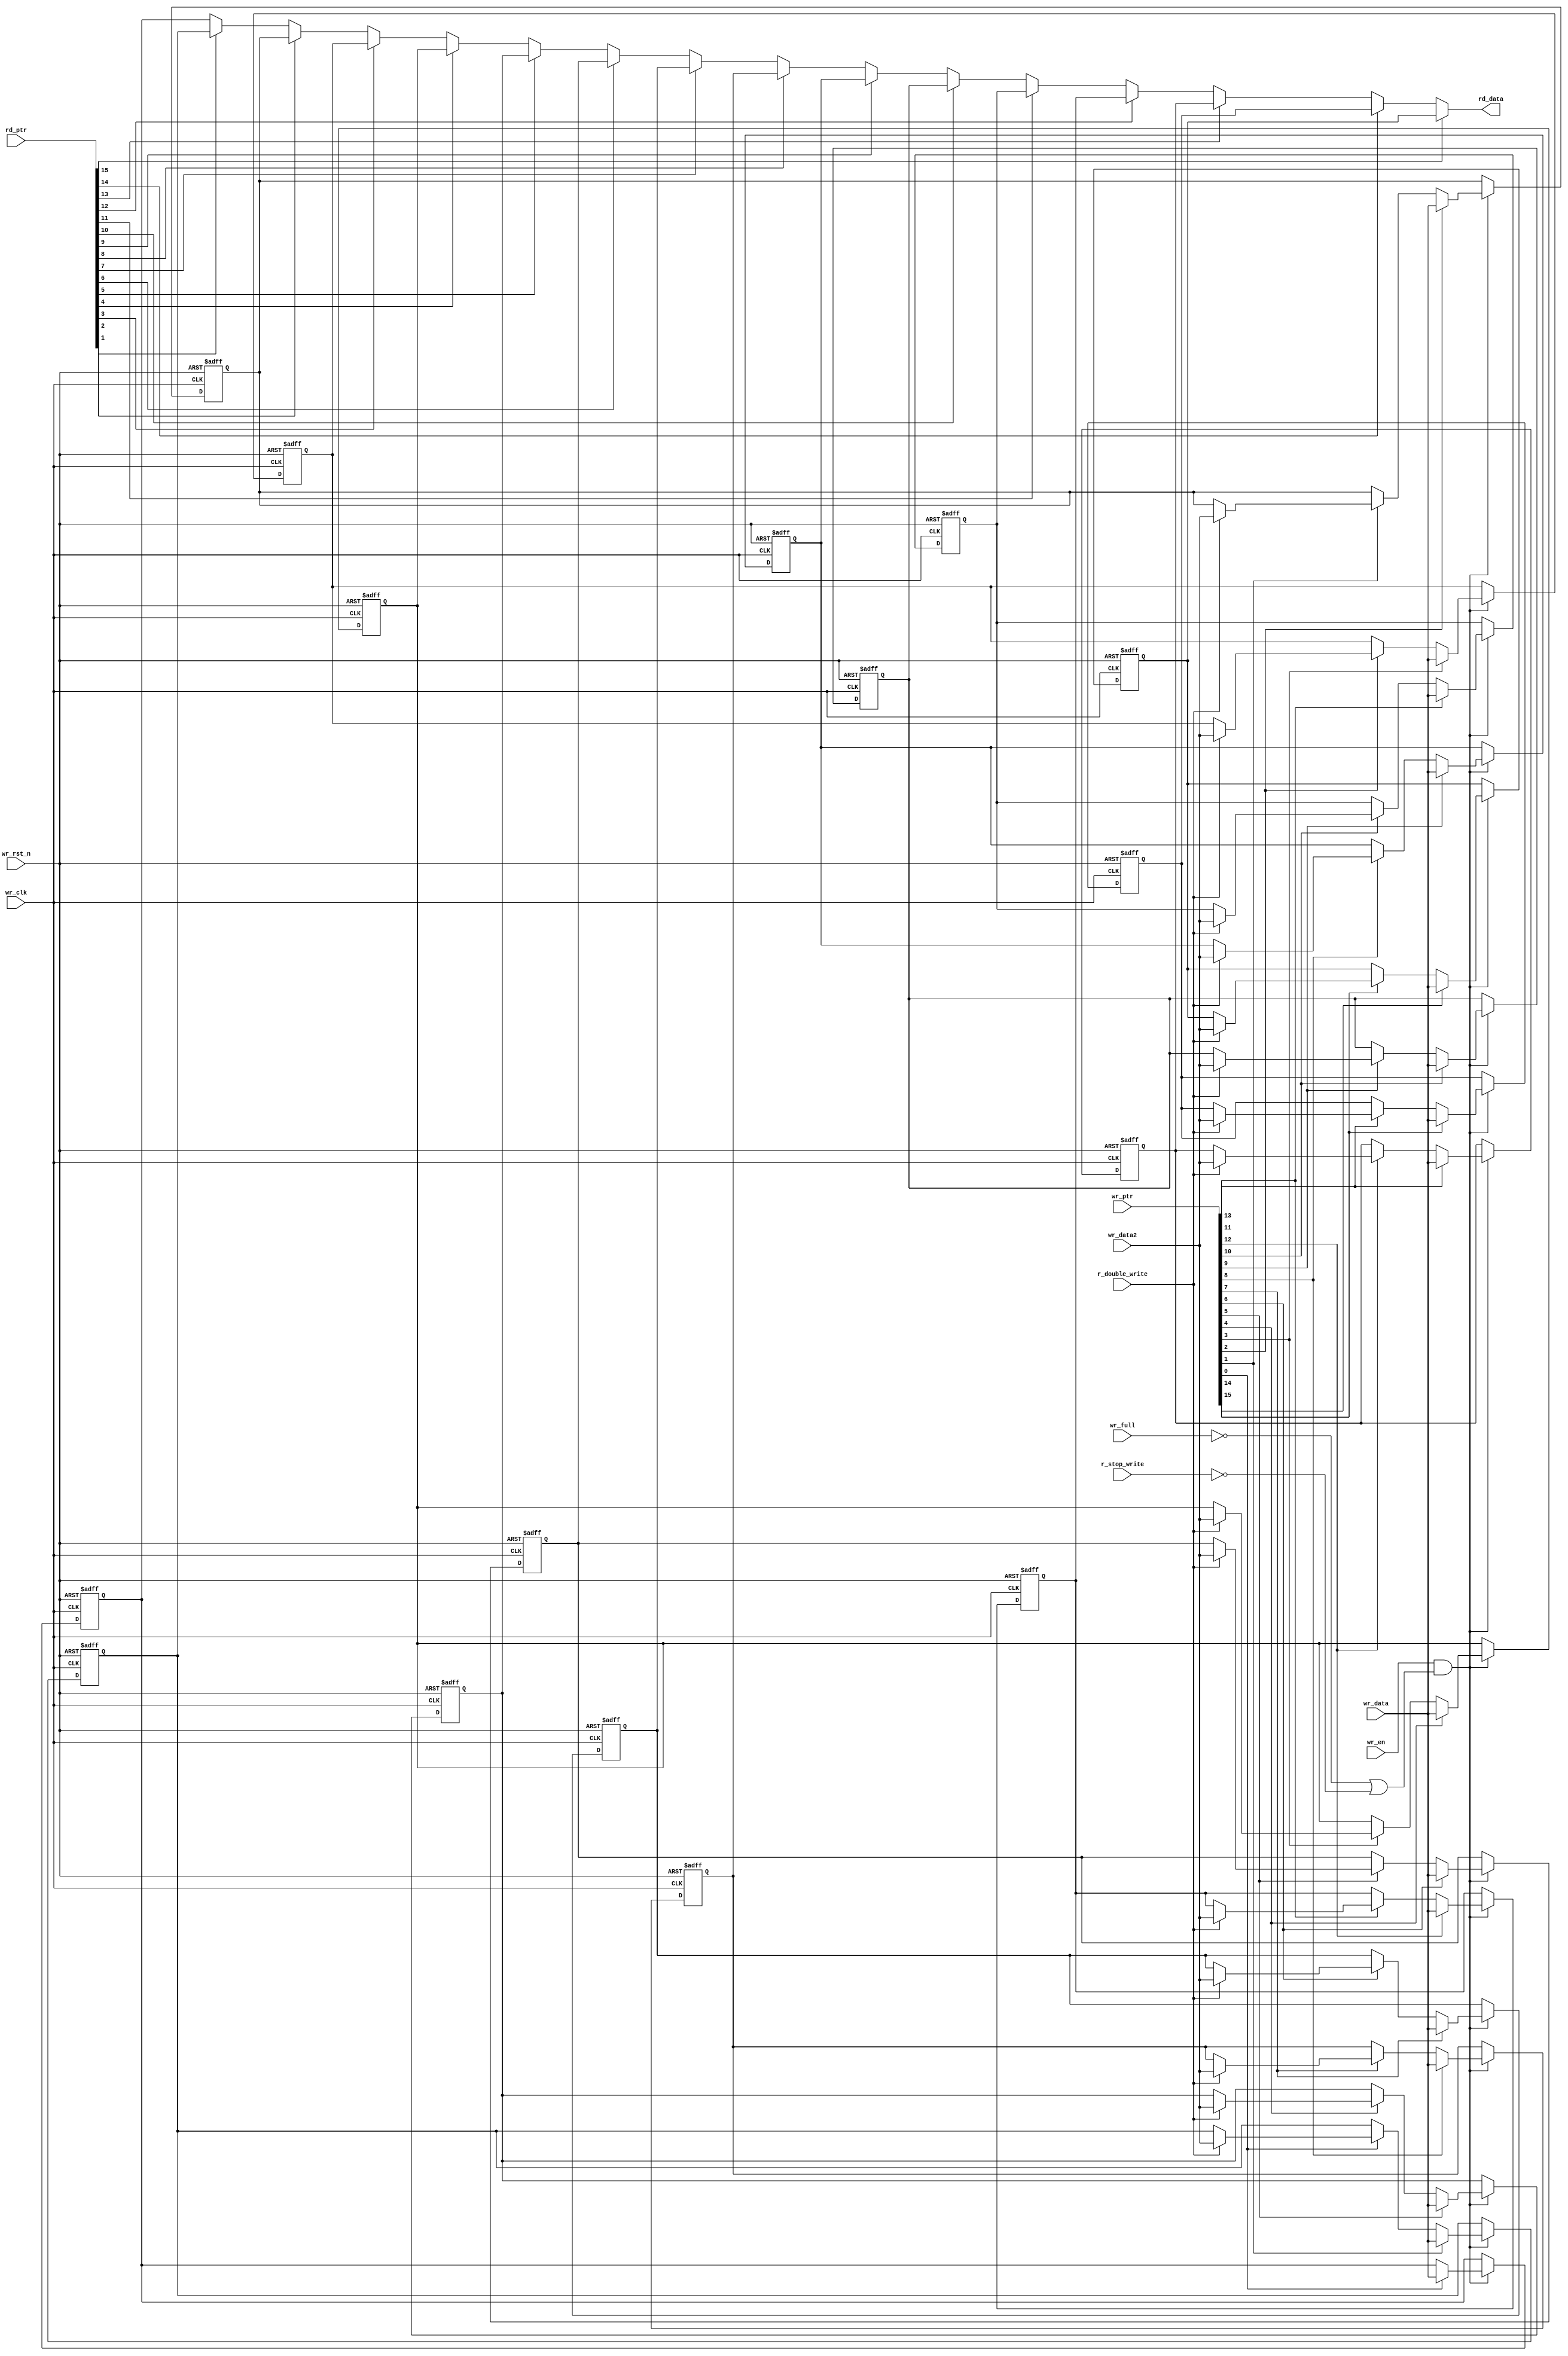
// SPDX-License-Identifier: Apache-2.0
// Copyright (C) 2019 Intel Corporation. 
module aib_adapttxdp_fifo_ram
  #(
    parameter DWIDTH = 'd40,             // FIFO Input data width 
    parameter DEPTH  = 'd16              // FIFO Depth 
    )
(
    input  wire              r_double_write,	// Write to 2 consecutive locations
    input  wire		     r_stop_write, // Disable/enable writing when FIFO is full    
    input  wire		     wr_full,
    input  wire              wr_clk,     // Write Domain Clock
    input  wire		     wr_rst_n,   // Write Domain Reset 
    input  wire              wr_en,      // Write Data Enable
    input  wire [DEPTH-1:0] wr_ptr,     // Write Pointer
    input  wire [DWIDTH-1:0] wr_data,    // Write Data In
    input  wire [DWIDTH-1:0] wr_data2,    // Write Data In
    input  wire [DEPTH-1:0] rd_ptr,     // Read Pointer
    output reg  [DWIDTH-1:0] rd_data   // Read Data

);

   //********************************************************************
   // Infer Memory or use Dual Port Memory from Quartus/ASIC Memory
   //********************************************************************
   
   integer		m;
   integer		i;
//   reg [DWIDTH-1:0]          fifo_mem [((1<<AWIDTH)-1):0];
   reg [DWIDTH-1:0]          fifo_mem [DEPTH-1:0];
   
   always @(negedge wr_rst_n or posedge wr_clk) begin
      if (~wr_rst_n) begin
         for (m='d0; m<=(DEPTH-1'b1); m=m+1'b1)
            fifo_mem[m] <= 'd0;	
      end 
      else if (wr_en && (~wr_full||~r_stop_write)) begin
         for (m='d0; m<=(DEPTH-1'b1); m=m+1'b1) begin
           if (wr_ptr[m]) begin
             fifo_mem[m] <= wr_data;
             if (r_double_write & m < DEPTH-1) // In double write mode, wr_ptr always increments by 2
               fifo_mem[m+1] <= wr_data2;
             end  
         end   
      end
   end
   
// assign rd_data = fifo_mem[rd_ptr];
// Read ptr must be one-hot
always @ *
begin: data_out 
  rd_data = fifo_mem[0];
  for (i='d0; i<=(DEPTH-1'b1); i=i+1'b1) begin
    if (rd_ptr[i]) begin
      rd_data = fifo_mem[i];
    end       
  end   
end 

endmodule